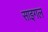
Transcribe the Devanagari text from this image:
साइगल